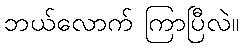
ဘယ်လောက် ကြာပြီလဲ။